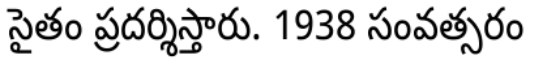
సైతం ప్రదర్శిస్తారు. 1938 సంవత్సరం